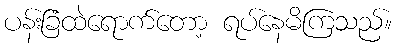
ပန်းခြံထဲရောက်တော့ ရပ်နေမိကြသည်။